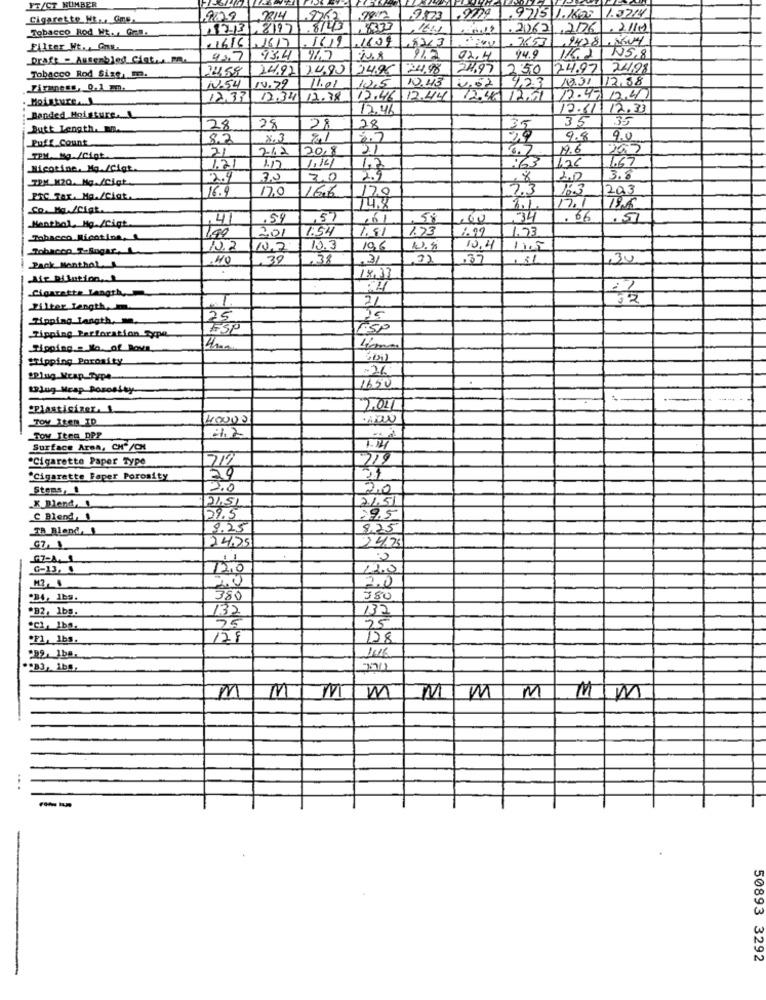
FT/CT NUMBER
. 9715 1.1603 1.3714
Cigarette Mt ... Gne
22.14
9823 .9779
Tobacco Rod NY. Gra
123,8171
.8143
,162
.2062 ,206 .2/11
1616 ,1617
141
1609
2653
,94281 . MUY
Filter Ht ., Gnu.
Draft - Assembled Clat ,, PR.
43.7
93.4
46.7
1.7
02.4
94.9
116.21
N5,8
24.92 74.80
24.9
24.98
24.97
250
24.97
24,98
Tobacco Rod Size, m.
14.79
10.43
13.31 12.88
Firmness, 0.1 .
1.54
10,5
N.62 4,23
Moisture ...
1233
12.34 12.38
12.46
12.44
12.40 12.51
17.47 12.41
12.46
17.61 12.33
Banded Moisture ...
35
35
Butt Length. En.
28
28
28
28
Puff Count
8.2
8.3
21
9.4
90
21
212
20,8
21
19.6
265
TPM, Mg /Cigt
1.14
1.67
Nicotine, Ma./Cigt.
1.21
1.17
1.2
:63
TOM H20. MG./Cigt
2.9
3.0
3,0
2.9
,8
20
3.8
16.9
17.0
23
16.3
203
PRC Tax. Ma./Ciat.
16.6
12.0
So. Mq./Cigt.
14.8
1.1
17.1
19.6
Hentbol, Hg./Cigt.
, 4
.54
,57
,00
34
. 66
1.54
1.91
1.73
1.99
1,73
Tobacco Nicotina,
149
201
Tobacco T-Sogar,
10.2
10.3
196
13.4
40
.39
38
31
,37
31
,30
Pack Monthal
Air Dilution, 1
18.37
Cigarette Length,
Filter Length,
21
Zipping Langth ..
29
TSP
Tipping Perforation Cype
Tipping .. No. of Rows,
"Tipping Porosity
-26
"Plug Mrap_Type
LPlug Mrap Porosity
1650
"Plasticizer. 1.
2011
TOy Item_ID
40000
42
TOw Jeeg_DPP
Surface Area, CH"/CH
1.4
"Cigarette Paper Type
717
719
"Cigarette Faper Porosity
29
Stens, I
2.0
2,0
7.1.51
X Mend, !
29.5
C Blend, 1
29.5
8.25
8,25
24,75
67.1
24.25
67-A. L
G-13, 1
12.0
12.0
My , 1
20
2.0
234, 1bs.
380
380
#82, 1bs
132
132
25
25
"F1, 1bs.
128
128
1516
2B3, 1b5
M
M
M
M
MM
M
MIM
...
50893 3292